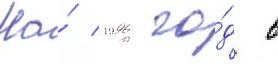
На́ 1996 го́д в